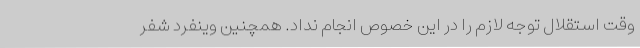
وقت استقلال توجه لازم را در این خصوص انجام نداد. همچنین وینفرد شفر